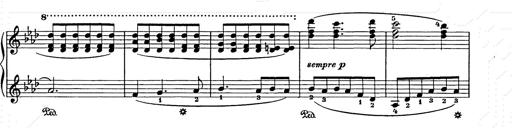
Title: Weihnachtsbaum
Composer: Franz Liszt